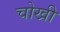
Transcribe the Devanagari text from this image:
चोखी